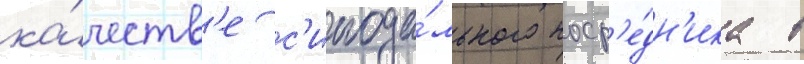
ка́честв'е с'инода́льного поср'е́дн'ика в